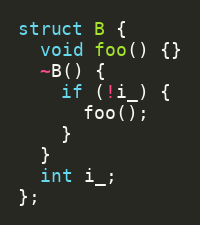
Language: C++
struct B {
  void foo() {}
  ~B() {
    if (!i_) {
      foo();
    }
  }
  int i_;
};